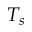
T _ { s }